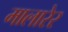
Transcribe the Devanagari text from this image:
मालारेर